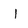
Character: I